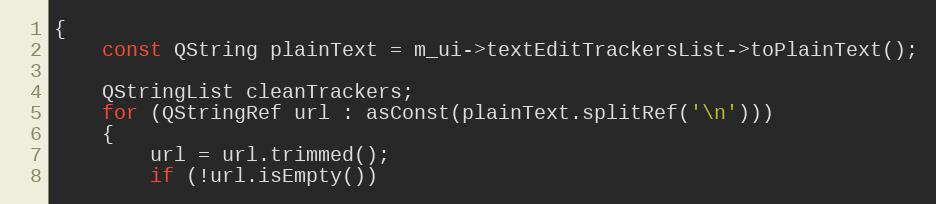
Language: C++
{
    const QString plainText = m_ui->textEditTrackersList->toPlainText();

    QStringList cleanTrackers;
    for (QStringRef url : asConst(plainText.splitRef('\n')))
    {
        url = url.trimmed();
        if (!url.isEmpty())